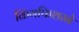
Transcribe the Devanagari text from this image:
किंगफिशरने